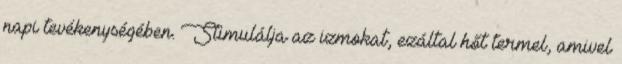
napi tevékenységében. Stimulálja az izmokat, ezáltal hőt termel, amivel